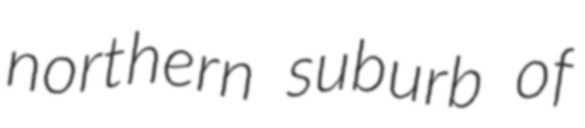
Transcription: northern suburb of